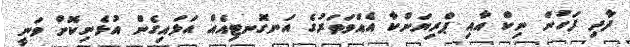
ދާދި ފަހުން ނިކް އާއި ޕްރިޔަންކާ އެއްވަތަރުގެ އަނގޮނޓިއެއް އަޅައިގެން އުޅެނިކޮށް ވަނީ